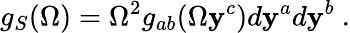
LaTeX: g_{S}(\Omega)=\Omega^{2}g_{ab}(\Omega\mathbf{y}^{c})d\mathbf{y}^{a}d\mathbf{y}^{b}~.